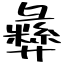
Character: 彝